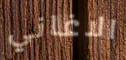
الاغاني